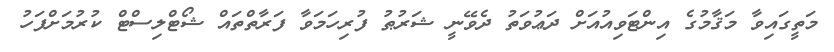
މަތީގައިވާ މަޤާމުގެ އިންޓަވިއުއަށް ދަޢުވަތު ދެވޭނީ ޝަރުޠު ފުރިހަމަވާ ފަރާތްތައް ޝޯޓްލިސްޓް ކުރުމަށްފަހު